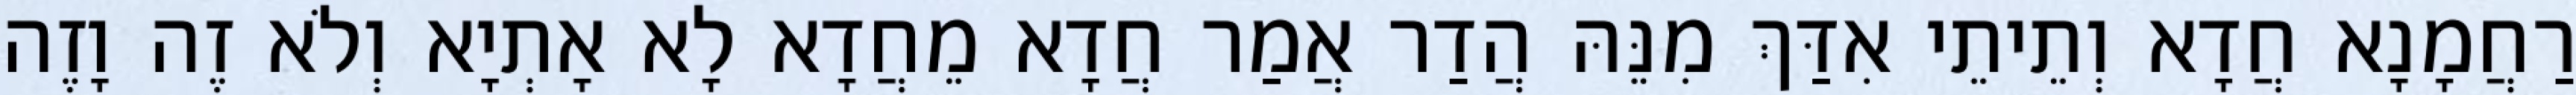
רַחֲמָנָא חֲדָא וְתֵיתֵי אִדַּךְ מִנֵּהּ הֲדַר אֲמַר חֲדָא מֵחֲדָא לָא אָתְיָא וְלֹא זֶה וָזֶה